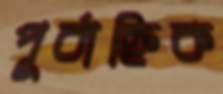
পূর্বাহ্নিক